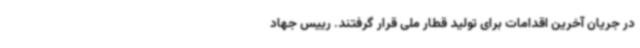
در جریان آخرین اقدامات برای تولید قطار ملی قرار گرفتند. رییس جهاد